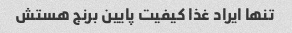
تنها ایراد غذا کیفیت پایین برنج هستش